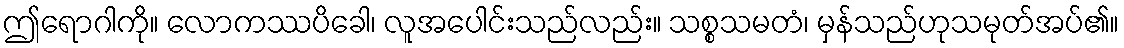
ဤရောဂါကို။ လောကဿပိခေါ၊ လူအပေါင်းသည်လည်း။ သစ္စသမတံ၊ မှန်သည်ဟုသမုတ်အပ်၏။